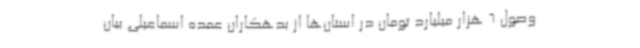
وصول 6 هزار میلیارد تومان در استان‌ها از بدهکاران عمده اسماعیلی بیان